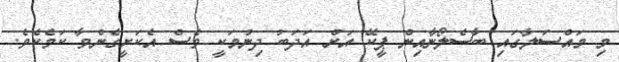
މި މައްސަލާގައި ބާސެލޯނާއިން ޕީކޭ އަށް އަދަބު ދިނުމަކީ ވެސް އެކަށީގެންވާ ކަމެކެވެ.